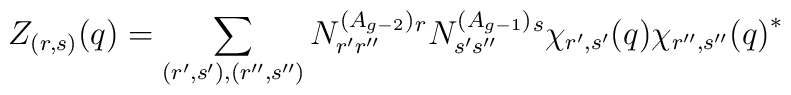
Z_{(r,s)}(q)=\sum_{(r',s'),(r'',s'')} N^{(A_{g-2})}_{r'r''}{}^r N^{(A_{g-1})}_{s's''}{}^s\chi_{r',s'}(q){\chi_{r'',s''}(q)}^*